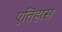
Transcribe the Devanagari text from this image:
एतिहास